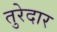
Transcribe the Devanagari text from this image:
तुरेदार